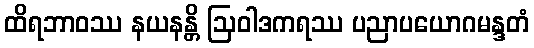
ထိရဘာဝဿ နယနန္တိ ဩဝါဒကရဿ ပညာပယောဂမန္ဒတံ